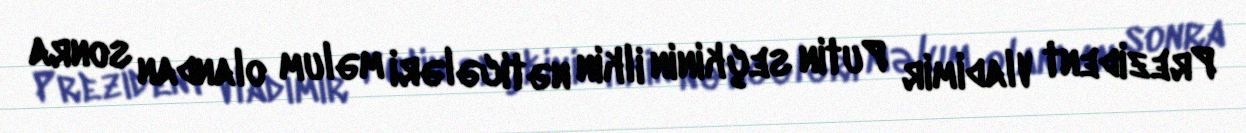
Prezident Vladimir Putin seçkinin ilkin nəticələri məlum olandan sonra